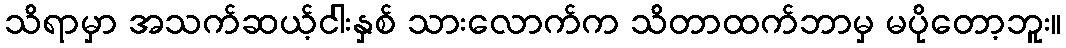
သိရာမှာ အသက်ဆယ့်ငါးနှစ် သားလောက်က သိတာထက်ဘာမှ မပိုတော့ဘူး။